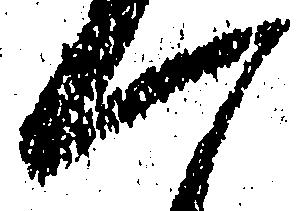
一